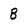
Character: B